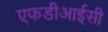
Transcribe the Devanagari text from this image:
एफडीआईसी